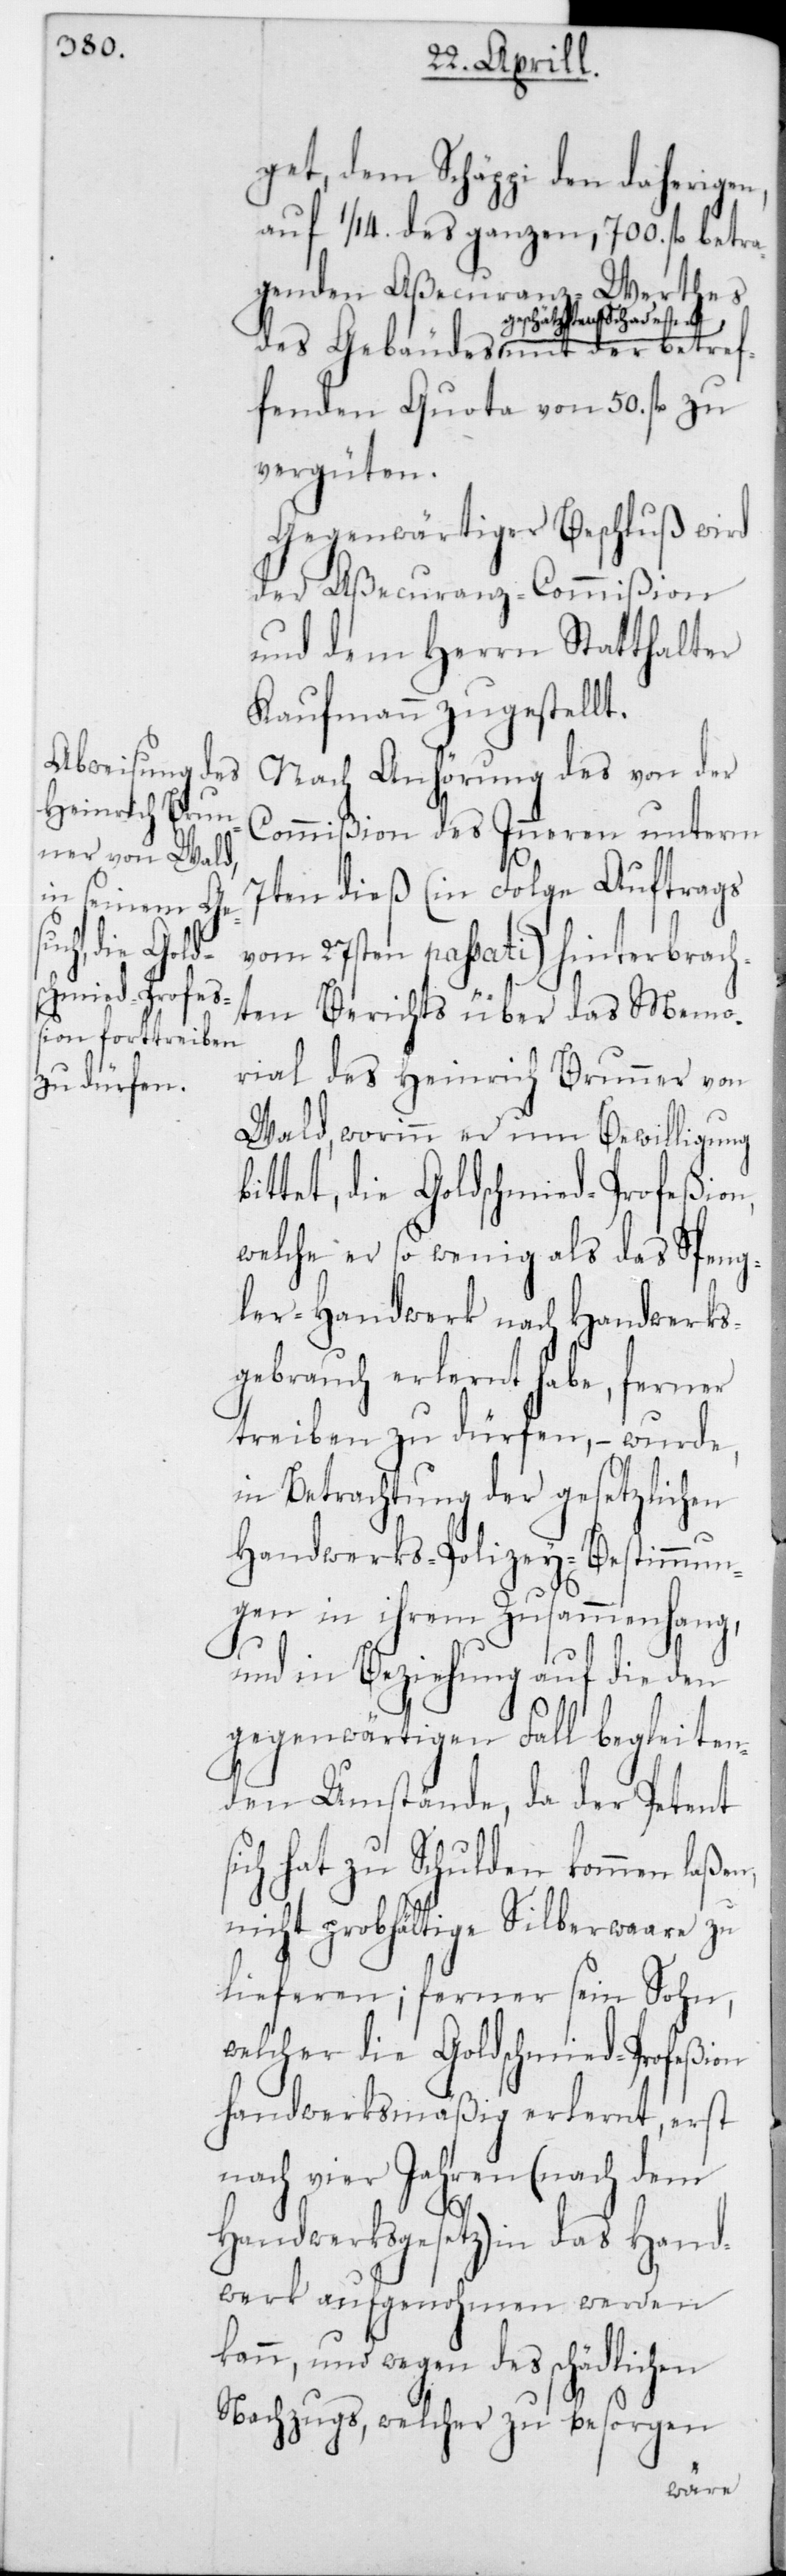
get, dem Schäppi den daherigen,
auf 1/14 des ganzen, 700 fl. betra¬
genden Aßecuranz-Werthes
geschätzten Schaden, mit
ffenden Quota von 50 fl. zu
vergüten.
Gegenwärtiger Beschluß wird
der Aßecuranz-Commißion
und dem Herrn Statthalter
Kaufmann zugestellt.
Nach Anhörung des von der
Commißion des Inneren unterm
7ten dieß (in Folge Auftrags
vom 27sten passati) hinterbrach¬
ten Berichts über das Memo¬
rial des Heinrich Brunner von
Wald, worinn er um Bewilligung
ittet, die Goldschmied-Profeßion,
welche er so wenig als das Speng¬
ler-Handwerk nach Handwerks¬
gebrauch erlernt habe, ferner
treiben zu dürfen, – wurde,
in Betrachtung der gesetzlichen
Handwerks-Polizey-Bestimmun¬
gen in ihrem Zusammenhang,
und in Beziehung auf die den
gegenwärtigen Fall begleiten¬
den Umstände, da der Petent
sich hat zu Schulden kommen laßen,
nicht grobhältige Silberwaare zu
lieferen; ferner sein Sohn,
welcher die Goldschmied-Profeßion
handwerksmäßig erlernt, erst
nach vier Jahren (nach dem
Handwerksgesetz) in das Hand¬
werk aufgenohmen werden
kann, und wegen des schädlichen
Nachzugs, welcher zu besorgen
b¬